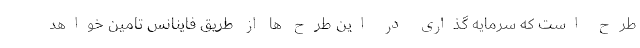
طرح است که سرمایه گذاری در این طرح ها از طریق فاینانس تامین خواهد